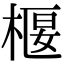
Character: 椻